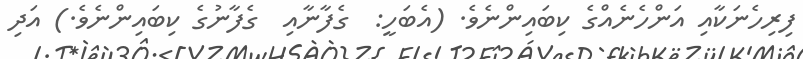
ފިރިހެނަކާއި އަންހެނެއްގެ ކިބައިންނެވެ. (އެބަހީ:  ގެފާނާއި  ގެފާނުގެ ކިބައިންނެވެ.) އަދި